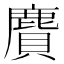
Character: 𪊾